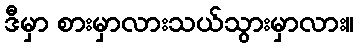
ဒီမှာ စားမှာလားသယ်သွားမှာလား။